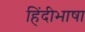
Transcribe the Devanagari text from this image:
हिंदीभाषा